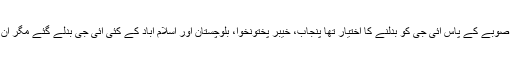
اٹھارویں ترمیم کے بعد صوبے کے پاس آئی جی کو بدلنے کا اختیار تھا پنجاب، خیبر پختونخوا، بلوچستان اور اسلام آباد کے کئی آئی جی بدلے گئے مگر ان کی مدد کو کوئی نہ آیا۔